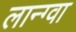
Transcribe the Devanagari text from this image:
लान्ग्वा